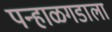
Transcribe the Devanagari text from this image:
पन्हाळगडाला